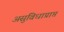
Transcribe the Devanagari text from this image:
असुविधाप्राप्त